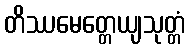
တိဿမေတ္တေယျသုတ္တံ